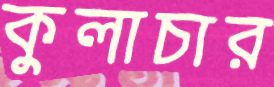
কুলাচার